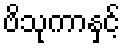
ဗိသုကာနှင့်